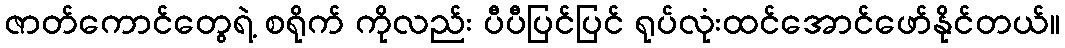
ဇာတ်ကောင်တွေရဲ့ စရိုက် ကိုလည်း ပီပီပြင်ပြင် ရုပ်လုံးထင်အောင်ဖော်နိုင်တယ်။